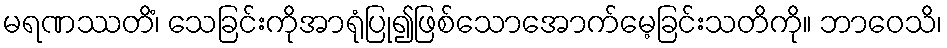
မရဏဿတိံ၊ သေခြင်းကိုအာရုံပြု၍ဖြစ်သောအောက်မေ့ခြင်းသတိကို။ ဘာဝေသိ၊